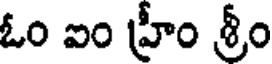
ఓం ఐం హ్రీం శ్రీం